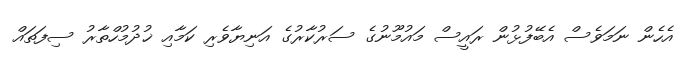
އެހެން ނަމަވެސް އެބޭފުޅުން ރައީސް މައުމޫނުގެ ސަރުކާރުގެ އަނިޔާވެރި ކަމާއި ޚުދުމުހްތާރު ސިފަތައް